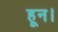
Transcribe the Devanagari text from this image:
हून।